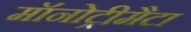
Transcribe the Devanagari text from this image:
मॉनोट्रीमैटा